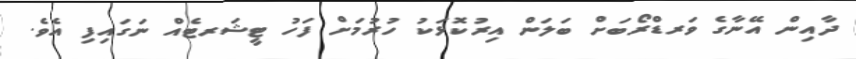
ދާއިން އޭނާގެ ވަރޑްރޯބަށް ބަލަން އިރުކޮޅަކު ހުރުމަށް ފަހު ޓީޝަރޓެއް ނަގައިފި އެވެ.